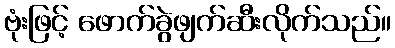
ဗုံးဖြင့် ဖောက်ခွဲဖျက်ဆီးလိုက်သည်။